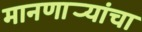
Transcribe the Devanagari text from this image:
मानणार्‍यांचा